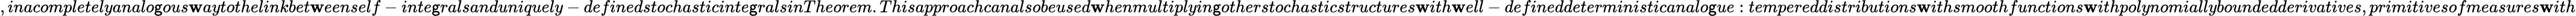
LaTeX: ,inacompletelyanalo\mathsf{g}ous\mathbf{w}aytothelinkbet\mathbf{w}eenself-inte\mathsf{g}ralsanduniquely-definedstochasticinte\mathsf{g}ralsinTheorem.Thisapproachcanalsobeused\mathbf{w}henmultiplyin\mathsf{g}otherstochasticstructures\mathbf{w}ith\mathbf{w}ell-defineddeterministicanalo\mathsf{g}ue:tempereddistributions\mathbf{w}ithsmoothfunctions\mathbf{w}ithpolynomiallyboundedderivatives,primitivesofmeasures\mathbf{w}ith